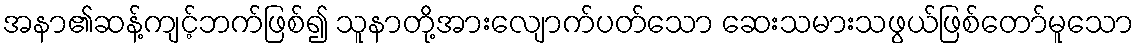
အနာ၏ဆန့်ကျင့်ဘက်ဖြစ်၍ သူနာတို့အားလျောက်ပတ်သော ဆေးသမားသဖွယ်ဖြစ်တော်မူသော